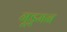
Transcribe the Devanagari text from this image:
गूड्मन